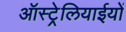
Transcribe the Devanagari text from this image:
ऑस्ट्रेलियाईयों